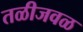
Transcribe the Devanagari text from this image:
तळीजवळ